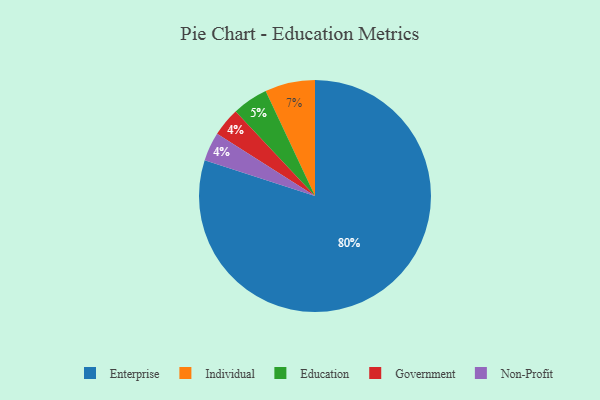
{"axis": {"x": "Category", "y": "Percentage"}, "legend": ["Education", "Enterprise", "Government", "Individual", "Non-Profit"], "data": [{"x": "Government", "y": 4, "type": "Government"}, {"x": "Non-Profit", "y": 4, "type": "Non-Profit"}, {"x": "Education", "y": 5, "type": "Education"}, {"x": "Enterprise", "y": 80, "type": "Enterprise"}, {"x": "Individual", "y": 7, "type": "Individual"}]}